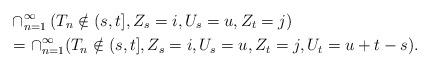
LaTeX: \begin{align*}&\cap_{n=1}^\infty (T_n\notin(s,t], Z_s = i,U_s = u, Z_t = j)\\ &=\cap_{n=1}^\infty (T_n\notin(s,t], Z_s = i,U_s = u, Z_t = j,U_t = u+t-s).\end{align*}